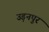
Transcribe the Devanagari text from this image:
उड़नपुर